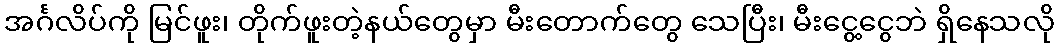
အင်္ဂလိပ်ကို မြင်ဖူး၊ တိုက်ဖူးတဲ့နယ်တွေမှာ မီးတောက်တွေ သေပြီး၊ မီးငွေ့ငွေဘဲ ရှိနေသလို